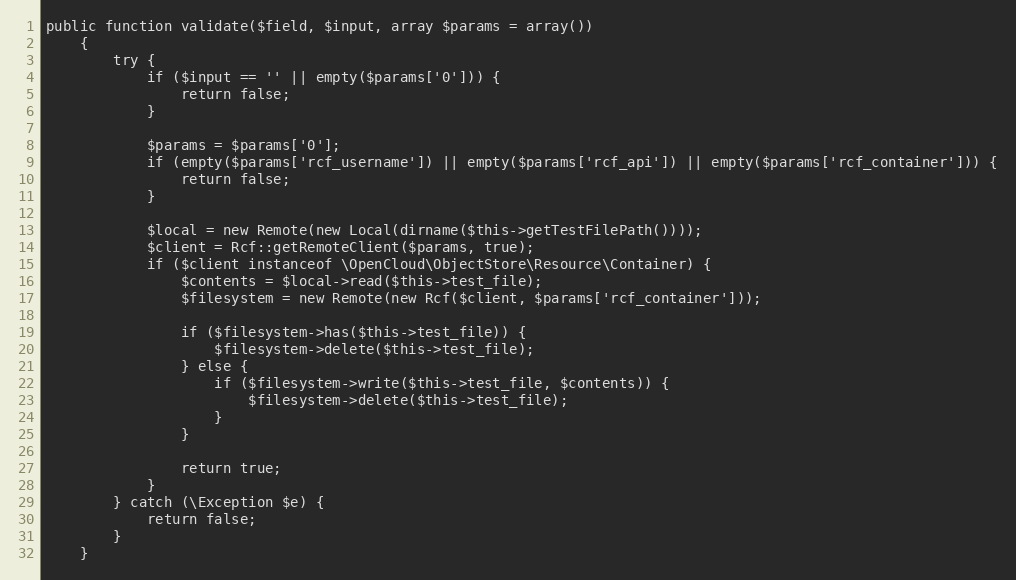
Language: PHP
public function validate($field, $input, array $params = array())
    {
        try {
            if ($input == '' || empty($params['0'])) {
                return false;
            }

            $params = $params['0'];
            if (empty($params['rcf_username']) || empty($params['rcf_api']) || empty($params['rcf_container'])) {
                return false;
            }

            $local = new Remote(new Local(dirname($this->getTestFilePath())));
            $client = Rcf::getRemoteClient($params, true);
            if ($client instanceof \OpenCloud\ObjectStore\Resource\Container) {
                $contents = $local->read($this->test_file);
                $filesystem = new Remote(new Rcf($client, $params['rcf_container']));

                if ($filesystem->has($this->test_file)) {
                    $filesystem->delete($this->test_file);
                } else {
                    if ($filesystem->write($this->test_file, $contents)) {
                        $filesystem->delete($this->test_file);
                    }
                }

                return true;
            }
        } catch (\Exception $e) {
            return false;
        }
    }